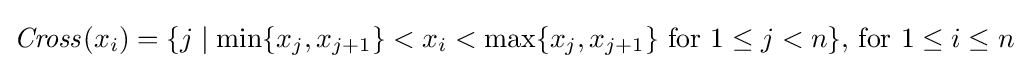
{\mathit {Cross}}(x_{i})=\{j\mid \min\{x_{j},x_{j+1}\}<x_{i}<\max\{x_{j},x_{j+1}\}{\text{ for }}1\leq j<n\}{\text{, for }}1\leq i\leq n